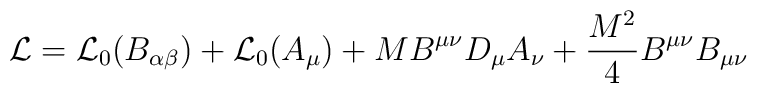
{\cal L} = {\cal L}_0 (B_{\alpha\beta}) + {\cal L}_0 (A_\mu) +M B^{\mu\nu} D_\mu A_\nu + \frac{M^2}{4} B^{\mu\nu} B_{\mu\nu}